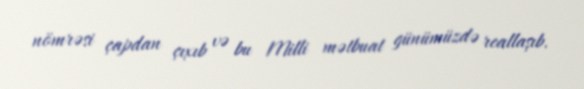
nömrəsi çapdan çıxıb və bu Milli mətbuat günümüzdə reallaşıb.